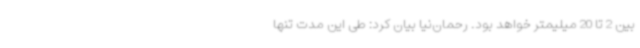
بین 2 تا 20 میلیمتر خواهد بود. رحمان‌نیا بیان کرد: طی این مدت تنها